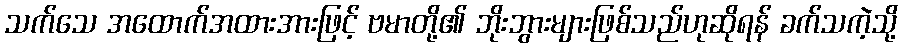
သက်သေ အထောက်အထားအားဖြင့် ဗမာတို့၏ ဘိုးဘွားများဖြစ်သည်ဟုဆိုရန် ခက်သကဲ့သို့